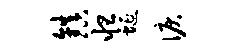
镇怛蜒泪